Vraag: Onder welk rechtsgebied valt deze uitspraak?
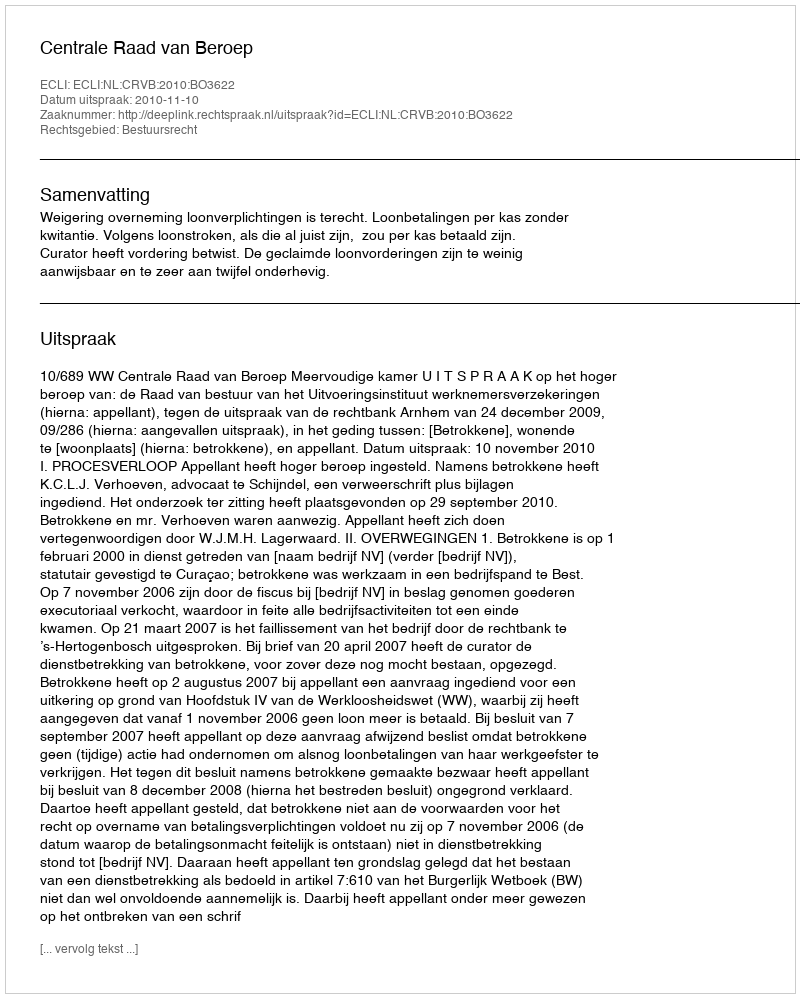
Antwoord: Bestuursrecht